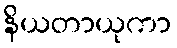
နိယတာယုကာ